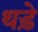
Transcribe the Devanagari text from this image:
थड़े